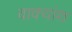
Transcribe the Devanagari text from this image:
वाक्‍यांश